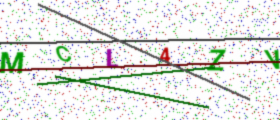
Text: MCL4ZV